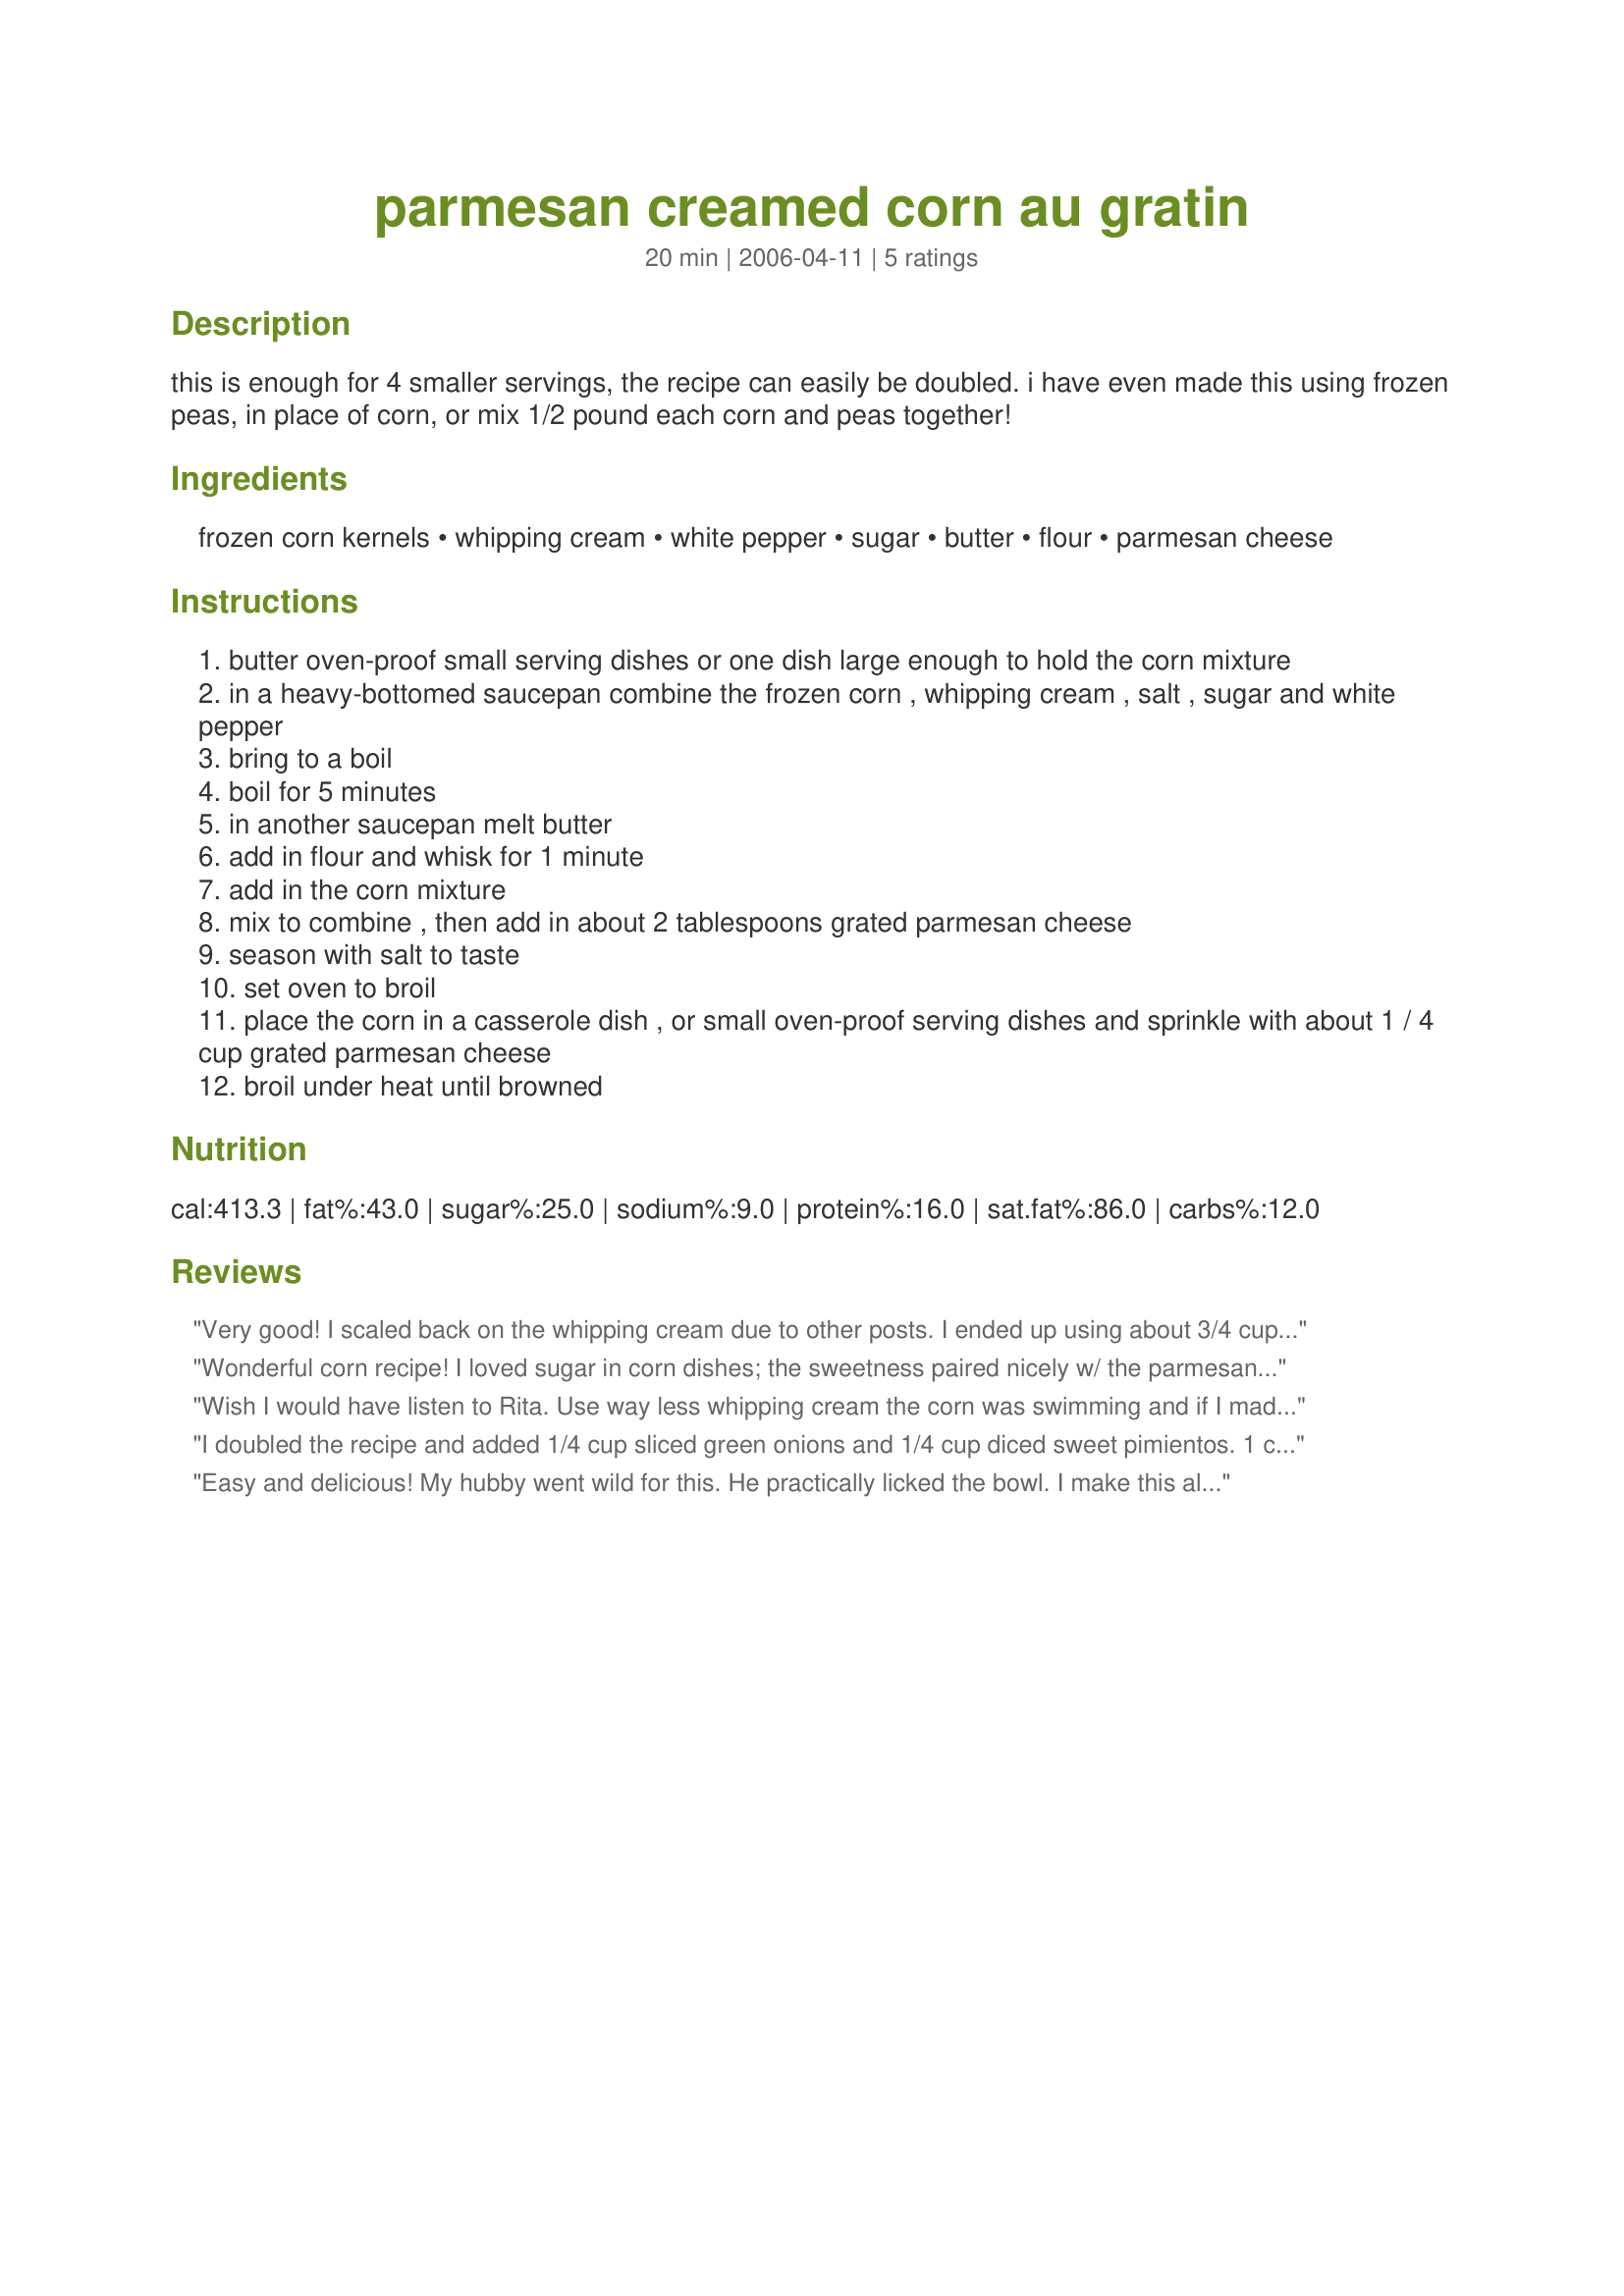
parmesan creamed corn au gratin
Preparation time: 20 minutes

this is enough for 4 smaller servings, the recipe can easily be doubled. i have even made this using frozen peas, in place of corn, or mix 1/2 pound each corn and peas together!

Ingredients:
frozen corn kernels, whipping cream, white pepper, sugar, butter, flour, parmesan cheese

Steps:
butter oven-proof small serving dishes or one dish large enough to hold the corn mixture
in a heavy-bottomed saucepan combine the frozen corn , whipping cream , salt , sugar and white pepper
bring to a boil
boil for 5 minutes
in another saucepan melt butter
add in flour and whisk for 1 minute
add in the corn mixture
mix to combine , then add in about 2 tablespoons grated parmesan cheese
season with salt to taste
set oven to broil
place the corn in a casserole dish , or small oven-proof serving dishes and sprinkle with about 1 / 4 cup grated parmesan cheese
broil under heat until browned

Reviews:
Very good! I scaled back on the whipping cream due to other posts. I ended up using about 3/4 cup of the cream. This was a nice addition to our Christmas dinner. Thanks KittenCal!
Wonderful corn recipe! I loved sugar in corn dishes; the sweetness paired nicely w/ the parmesan cheese. I added a little chopped onion. Thanx for a lovely corn dish. I'll be adding this to my holiday menu!
Wish I would have listen to Rita. Use way less whipping cream the corn was swimming and if I made again, which I just dont think I will, less sugar. It was just way too sweet for us with all the cream, sugar, and butter. I used fresh corn and added parsley. But that was the only change I made so it shouldn't have effected it that much. Thought maybe it would set up upon broiling but it did not. But if you like it really rich and sweet then it would be for you! Glad to see there is a little, LITTLE flaw with Kittencal cause as most of us know there usually is not!
I doubled the recipe and added 1/4 cup sliced green onions and 1/4 cup diced sweet pimientos.
1 cup of cream would be plenty in this Fabulous side!
Easy and delicious! My hubby went wild for this. He practically licked the bowl. I make this almost every week now as a side. Great recipe.
